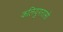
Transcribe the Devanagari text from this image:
कलियुगरासो